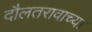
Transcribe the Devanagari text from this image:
दौलतरावाच्या